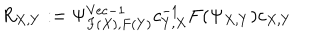
LaTeX: R _ { X , Y } : = \Psi _ { F ( X ) , F ( Y ) } ^ { \mathrm { V e c } - 1 } c _ { Y , X } ^ { - 1 } F ( \Psi _ { X , Y } ) c _ { X , Y }